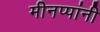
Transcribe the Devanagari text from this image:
मीनप्पांनी